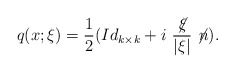
\begin{align*}q(x;\xi )=\frac 12(Id_{k\times k}+i\ \frac{\not \! \xi }{\vert \xi \vert } \not\! n).\end{align*}